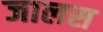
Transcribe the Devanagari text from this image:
जालस